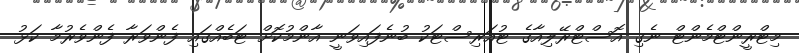
މިޓްރީންޓްމެންޓް ނެގި އޮސްޓްރޭލިއާގެ ޓުއަރިސްޓަކު ބުނެފައިވަނީ އާންމުކޮށް ޓަބެއްގައި ފެންވަރާ ފެންވެރުމާ ކަޅު